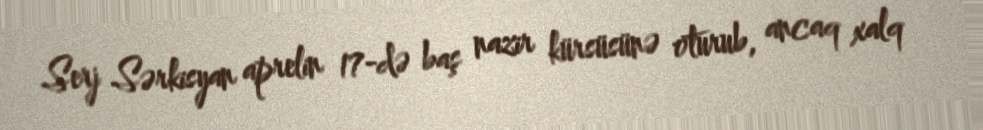
Serj Sərkisyan aprelin 17-də baş nazir kürsüsünə oturub, ancaq xalq